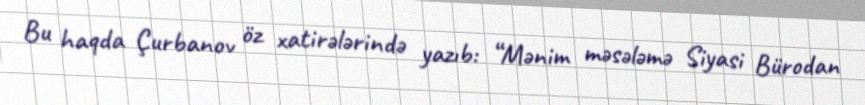
Bu haqda Çurbanov öz xatirələrində yazıb: “Mənim məsələmə Siyasi Bürodan